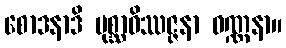
စောဒနာဒိ ပုစ္ဆာဝိဿဇ္ဇနာ ဝဏ္ဏနာ။